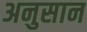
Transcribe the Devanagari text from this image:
अनुसान